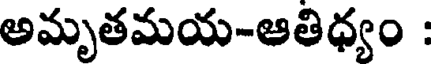
అమృతమయ-ఆతిధ్యం :